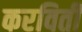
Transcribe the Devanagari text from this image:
करविती